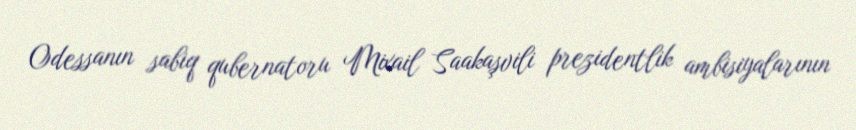
Odessanın sabiq qubernatoru Mixail Saakaşvili prezidentlik ambisiyalarının